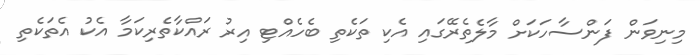
މިނިވަން ފަންސާހަކަށް މާލެތެރޭގައި އެކި ތަކެތި ބެހެއްޓި އިރު ރައްކާތެރިކަމާ އެކު އެތަކެތި